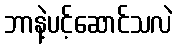
ဘာနဲ့ပင့်ဆောင်သလဲ